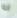
انه